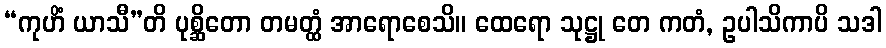
“ကုဟိံ ယာသီ”တိ ပုစ္ဆိတော တမတ္ထံ အာရောစေသိ။ ထေရော သုဋ္ဌု တေ ကတံ, ဥပါသိကာပိ သဒါ